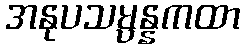
အနုပသမ္ပန္နကထာ